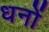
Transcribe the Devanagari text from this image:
धनों